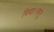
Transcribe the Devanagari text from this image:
दिया।परंतु